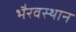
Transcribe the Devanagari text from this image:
भैरवस्थान